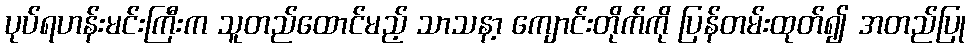
ပုပ်ရဟန်းမင်းကြီးက သူတည်ထောင်မည့် သာသနာ့ ကျောင်းတိုက်ကို ပြန်တမ်းထုတ်၍ အတည်ပြု